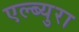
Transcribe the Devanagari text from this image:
एल्ब्युरा